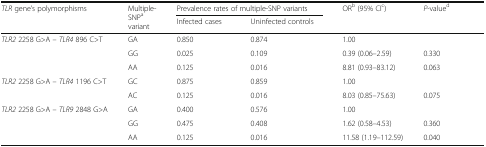
| <ROWSPAN=2> TLR gene’s polymorphisms | <ROWSPAN=2> Multiple-SNPa variant | <COLSPAN=2> Prevalence rates of multiple-SNP variants | <ROWSPAN=2> ORb (95% CIc) | <ROWSPAN=2> P-valued |
 | Infected cases | Uninfected controls |
 | --- | --- | --- | --- | --- | --- |
 | <ROWSPAN=3> TLR2 2258 G>A – TLR4 896 C>T | GA | 0.850 | 0.874 | 1.00 |  |
 | GG | 0.025 | 0.109 | 0.39 (0.06–2.59) | 0.330 |
 | AA | 0.125 | 0.016 | 8.81 (0.93–83.12) | 0.063 |
 | <ROWSPAN=2> TLR2 2258 G>A – TLR4 1196 C>T | GC | 0.875 | 0.859 | 1.00 |  |
 | AC | 0.125 | 0.016 | 8.03 (0.85–75.63) | 0.075 |
 | <ROWSPAN=3> TLR2 2258 G>A – TLR9 2848 G>A | GA | 0.400 | 0.576 | 1.00 |  |
 | GG | 0.475 | 0.408 | 1.62 (0.58–4.53) | 0.360 |
 | AA | 0.125 | 0.016 | 11.58 (1.19–112.59) | 0.040 |